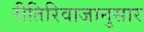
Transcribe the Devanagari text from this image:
रीतिरिवाजानुसार